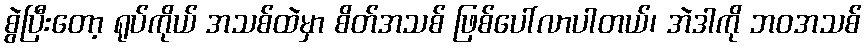
စွဲပြီးတော့ ရုပ်ကိုယ် အသစ်ထဲမှာ စိတ်အသစ် ဖြစ်ပေါ်လာပါတယ်၊ အဲဒါကို ဘဝအသစ်